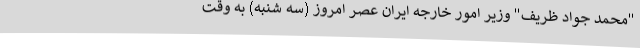
"محمد جواد ظریف" وزیر امور خارجه ایران عصر امروز (سه شنبه) به وقت